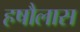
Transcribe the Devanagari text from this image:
हषौलास